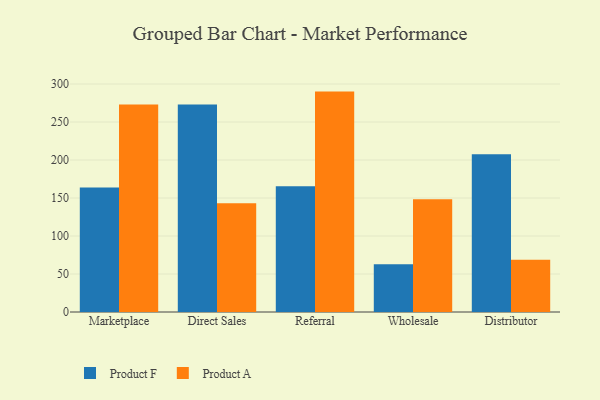
{"axis": {"x": "Channel", "y": "Humidity (%)"}, "legend": ["Product A", "Product F"], "data": [{"x": "Marketplace", "y": 163.9, "type": "Product F"}, {"x": "Marketplace", "y": 272.9, "type": "Product A"}, {"x": "Direct Sales", "y": 272.9, "type": "Product F"}, {"x": "Direct Sales", "y": 143.1, "type": "Product A"}, {"x": "Referral", "y": 165.6, "type": "Product F"}, {"x": "Referral", "y": 290.0, "type": "Product A"}, {"x": "Wholesale", "y": 62.7, "type": "Product F"}, {"x": "Wholesale", "y": 148.2, "type": "Product A"}, {"x": "Distributor", "y": 207.7, "type": "Product F"}, {"x": "Distributor", "y": 68.9, "type": "Product A"}]}